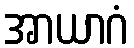
အာယာဂံ